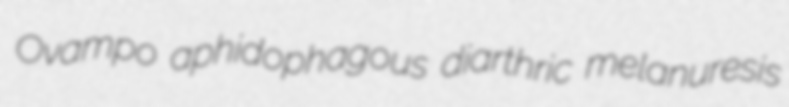
Ovampo aphidophagous diarthric melanuresis